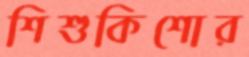
শিশুকিশোর